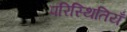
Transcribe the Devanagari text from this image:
परिस्थितियँ